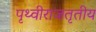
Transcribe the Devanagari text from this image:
पृथ्वीराजतृतीय